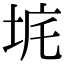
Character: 𡊾